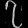
Digit: ၇